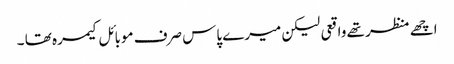
اچھے منظر تھے واقعی لیکن میرے پاس صرف موبائل کیمرہ تھا ۔